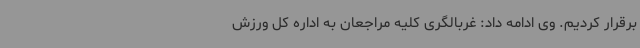
برقرار کردیم. وی ادامه داد: غربالگری کلیه مراجعان به اداره کل ورزش